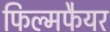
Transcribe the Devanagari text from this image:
फिल्मफैयर